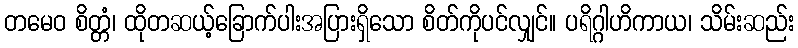
တမေဝ စိတ္တံ၊ ထိုတဆယ့်ခြောက်ပါးအပြားရှိသော စိတ်ကိုပင်လျှင်။ ပရိဂ္ဂါဟိကာယ၊ သိမ်းဆည်း